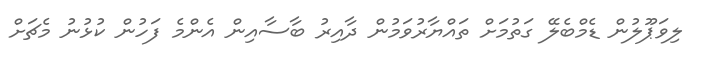
ލިވަޕޫލުން ޑެމްބެލޭ ގަތުމަށް ތައްޔާރުވަމުން ދާއިރު ބާސާއިން އެންމެ ފަހުން ކުޅުނު މެޗަށް